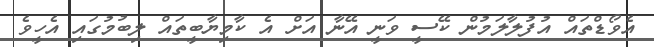
އެވޯޑްތައް އުފުލާލަމުން ކޭސީ ވަނީ އޭނާ އަށް އެ ކާމިޔާބީތައް ލިބުމުގައި އެހީވެ